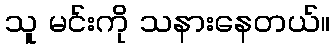
သူ မင်းကို သနားနေတယ်။